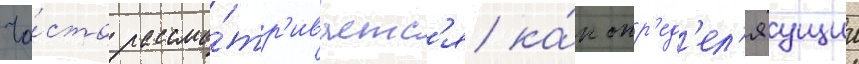
Ча́сто рассма́тр'иваетс'я ка́к опр'ед'ел'яущии